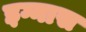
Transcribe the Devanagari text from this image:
इग्नास